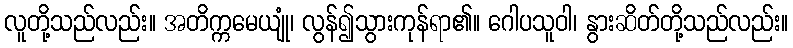
လူတို့သည်လည်း။ အတိက္ကမေယျုံ၊ လွန်၍သွားကုန်ရာ၏။ ဂေါပသူဝါ၊ နွားဆိတ်တို့သည်လည်း။